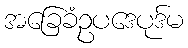
အခြေခံဥပဒေပုဒ်မ